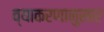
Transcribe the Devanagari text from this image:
व्याकरणानुसार